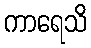
ကာရေသိ